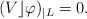
LaTeX: \begin{align*}(V \rfloor \varphi)_{| L } = 0.\end{align*}